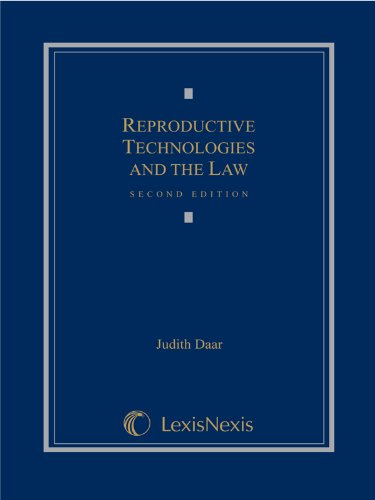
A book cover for Reproductive Technologies and the Law (Loose-leaf version); Professor of Law, Whittier Law School Judith Daar; Law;